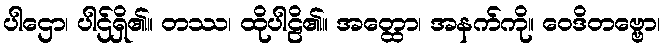
ပါဌော၊ ပါဌ်ရှိ၏။ တဿ၊ ထိုပါဠိ၏။ အတ္ထော၊ အနက်ကို။ ဝေဒိတဗ္ဗော၊